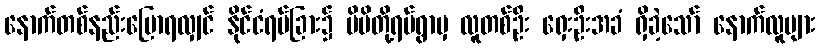
နောက်တစ်နည်းပြောရလျှင် နိုင်ငံရပ်ခြား၌ မိမိတို့ရပ်ရွာမှ လူတစ်ဦး ရှေးဦးအခံ ရှိခဲ့သော် နောက်လူများ